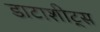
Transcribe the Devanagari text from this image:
डाटाशीट्स